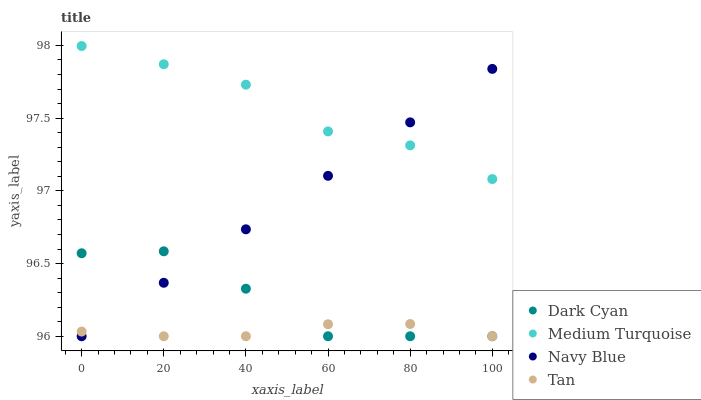
| xaxis_label | Dark Cyan | Medium Turquoise | Navy Blue | Tan |
 | --- | --- | --- | --- | --- |
 | 0 | 96.6 | 98 | 96 | 96 |
 | 20 | 96.6 | 97.9 | 96.4 | 96 |
 | 40 | 96.3 | 97.7 | 96.7 | 96 |
 | 60 | 96 | 97.4 | 97.1 | 96.1 |
 | 80 | 96 | 97.3 | 97.5 | 96.1 |
 | 100 | 96 | 97.1 | 97.8 | 96 |